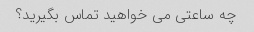
چه ساعتی می خواهید تماس بگیرید؟